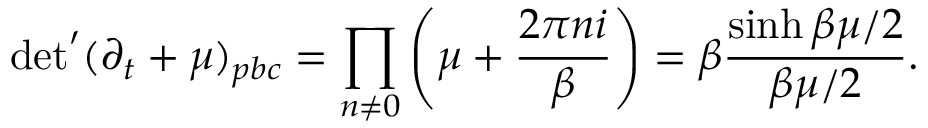
\mathrm { d e t } ^ { \prime } ( \partial _ { t } + \mu ) _ { p b c } = \prod _ { n \neq 0 } \left( \mu + \frac { 2 \pi n i } { \beta } \right) = \beta \frac { \sinh \beta \mu / 2 } { \beta \mu / 2 } .